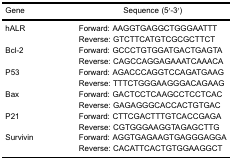
<table><thead><tr><td><b>Gene</b></td><td><b>Sequence (5′-3′)</b></td></tr></thead><tbody><tr><td>hALR</td><td>Forward: AAGGTGAGGCTGGGAATTT</td></tr><tr><td></td><td>Reverse: GTCTTCATGTCGCGCTTCT</td></tr><tr><td>Bcl-2</td><td>Forward: GCCCTGTGGATGACTGAGTA</td></tr><tr><td></td><td>Reverse: CAGCCAGGAGAAATCAAACA</td></tr><tr><td>P53</td><td>Forward: AGACCCAGGTCCAGATGAAG</td></tr><tr><td></td><td>Reverse: TTTCTGGGAAGGGACAGAAG</td></tr><tr><td>Bax</td><td>Forward: GACTCCTCAAGCCTCCTCAC</td></tr><tr><td></td><td>Reverse: GAGAGGGCACCACTGTGAC</td></tr><tr><td>P21</td><td>Forward: CTTCGACTTTGTCACCGAGA</td></tr><tr><td></td><td>Reverse: CGTGGGAAGGTAGAGCTTG</td></tr><tr><td>Survivin</td><td>Forward: AGGTGAGAAGTGAGGGAGGA</td></tr><tr><td></td><td>Reverse: CACATTCACTGTGGAAGGCT</td></tr></tbody></table>